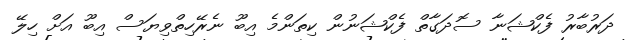
ދަރުބާރު ފެކްޝަނާ ސޮދަގާތް ފެކްޝަނުން ކިތަންމެ އިބޫ ނެރޭހިތްވިޔަސް އިބޫ އަށް ހިލޭ